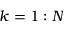
k = 1 : N